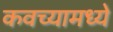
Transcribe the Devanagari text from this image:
कवच्यामध्ये